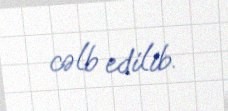
cəlb edilib.